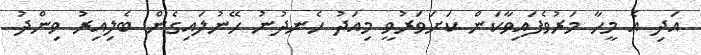
އަދި އެ މީހާ މަރުވެފައިވާކަން ކަށަވަރުވީ މިއަދު ހެނދުނު ހޭނުލައިގެން ބެލިއިރު ވިންދު